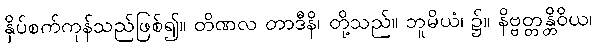
နှိပ်စက်ကုန်သည်ဖြစ်၍။ တိဏလ တာဒီနိ၊ တို့သည်။ ဘူမိယံ၊ ၌။ နိဗ္ဗတ္တန္တိဝိယ၊